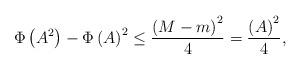
LaTeX: \begin{align*}\Phi \left( A^{2}\right) -\Phi \left( A\right) ^{2}\leq \frac{\left(M-m\right) ^{2}}{4}=\frac{\left( A\right) ^{2}}{4}, \end{align*}